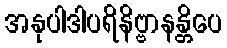
အနုပါဒါပရိနိဗ္ဗာနန္တိပေ